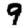
Digit: 9